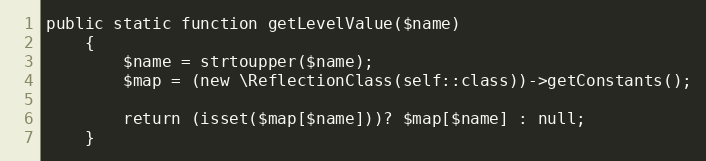
Language: PHP
public static function getLevelValue($name)
    {
        $name = strtoupper($name);
        $map = (new \ReflectionClass(self::class))->getConstants();

        return (isset($map[$name]))? $map[$name] : null;
    }